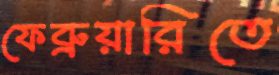
ফেব্রুয়ারিতে